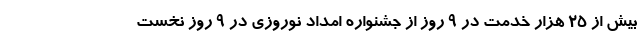
بیش از ۲۵ هزار خدمت در ۹ روز از جشنواره امداد نوروزی در ۹ روز نخست